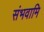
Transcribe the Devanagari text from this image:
संभवामि